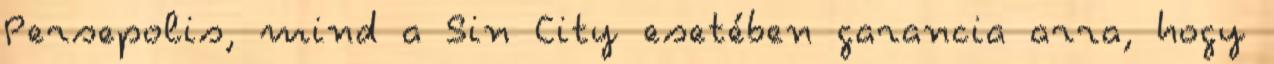
Persepolis, mind a Sin City esetében garancia arra, hogy